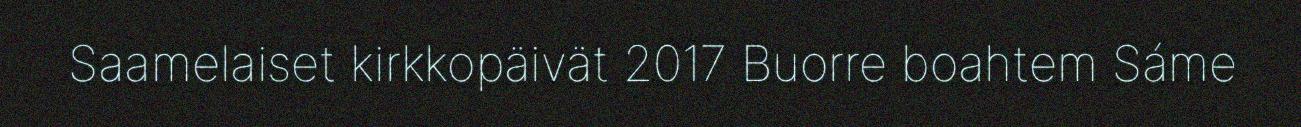
Saamelaiset kirkkopäivät 2017 Buorre boahtem Sáme